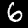
Label: 6